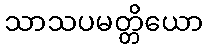
သာသပမတ္တိယော